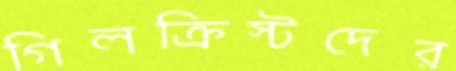
গিলক্রিস্টদের